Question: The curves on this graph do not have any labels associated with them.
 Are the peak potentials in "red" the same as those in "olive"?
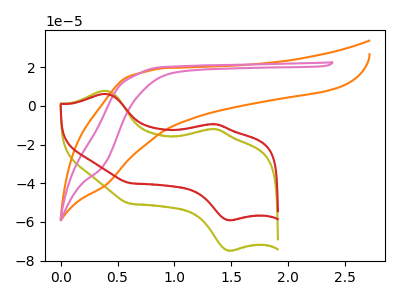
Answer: <think>The olive curve "olive" has anodic peaks at (0.40V, 7.75uA) (1.35V, -11.95uA) and cathodic peaks at (1.50V, -74.75uA) (0.60V, -50.55uA). The orange curve "orange" has no peaks. The pink curve "pink" has no peaks. The red curve "red" has anodic peaks at (0.40V, 6.10uA) (1.35V, -9.45uA) and cathodic peaks at (1.50V, -59.05uA) (0.60V, -39.90uA).</think>
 <answer>Yes, "red" have a peak in "olive" at the same potential.</answer>
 <eval>match</eval>